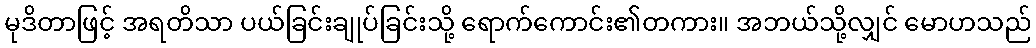
မုဒိတာဖြင့် အရတိသာ ပယ်ခြင်းချုပ်ခြင်းသို့ ရောက်ကောင်း၏တကား။ အဘယ်သို့လျှင် မောဟသည်